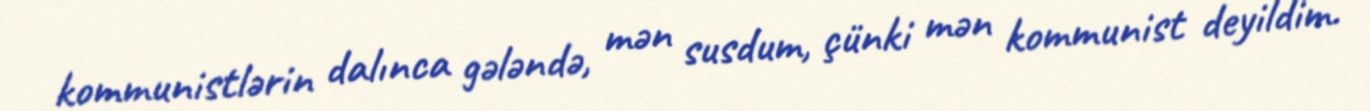
kommunistlərin dalınca gələndə, mən susdum, çünki mən kommunist deyildim.